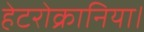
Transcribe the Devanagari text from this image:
हेटरोक्रानिया।